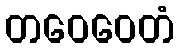
တဝေဝေတံ